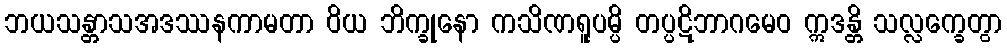
ဘယသန္တာသအဒဿနကာမတာ ဝိယ ဘိက္ခုနော ကသိဏရူပမ္ပိ တပ္ပဋိဘာဂမေဝ ဣဒန္တိ သလ္လက္ခေတွာ